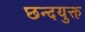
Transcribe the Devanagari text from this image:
छन्दयुक्त